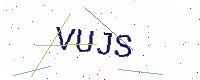
Text: VUJS